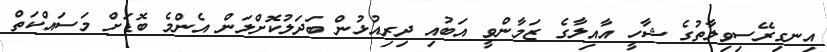
އިނގިރޭސިވިލާތުގެ ޝާހީ އާއިލާގެ ޒަމާންވީ އަބުއި ދިރިއުޅުން ބަދަލުކޮށްލަން އެންމެ ބޮޑަށް މަސައްކަތް